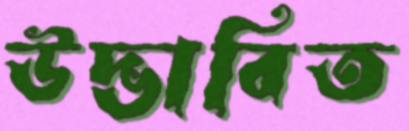
উদ্ভাবিত